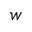
w